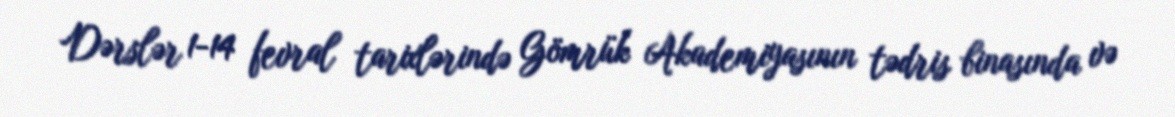
Dərslər 1-14 fevral tarixlərində Gömrük Akademiyasının tədris binasında və